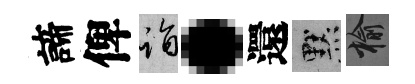
諦俾诣·還默榆